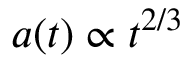
a ( t ) \propto t ^ { 2 / 3 }